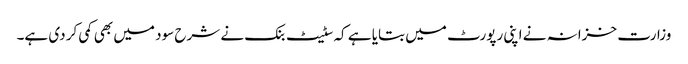
وزارت خزانہ نے اپنی رپورٹ میں بتایا ہے کہ سٹیٹ بنک نے شرح سود میں بھی کمی کر دی ہے۔